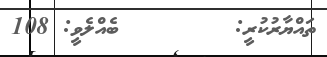
ތައްޔާރުކުރީ:        ބެއްލެވީ: 108